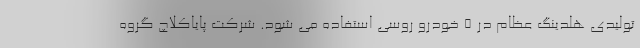
تولیدی هلدینگ عظام در ۵ خودرو روسی استفاده می شود. شرکت پایاکلاچ گروه